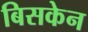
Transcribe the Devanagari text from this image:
बिसकेन